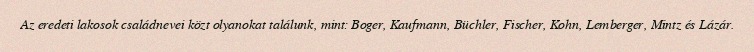
Az eredeti lakosok családnevei közt olyanokat találunk, mint: Boger, Kaufmann, Büchler, Fischer, Kohn, Lemberger, Mintz és Lázár.